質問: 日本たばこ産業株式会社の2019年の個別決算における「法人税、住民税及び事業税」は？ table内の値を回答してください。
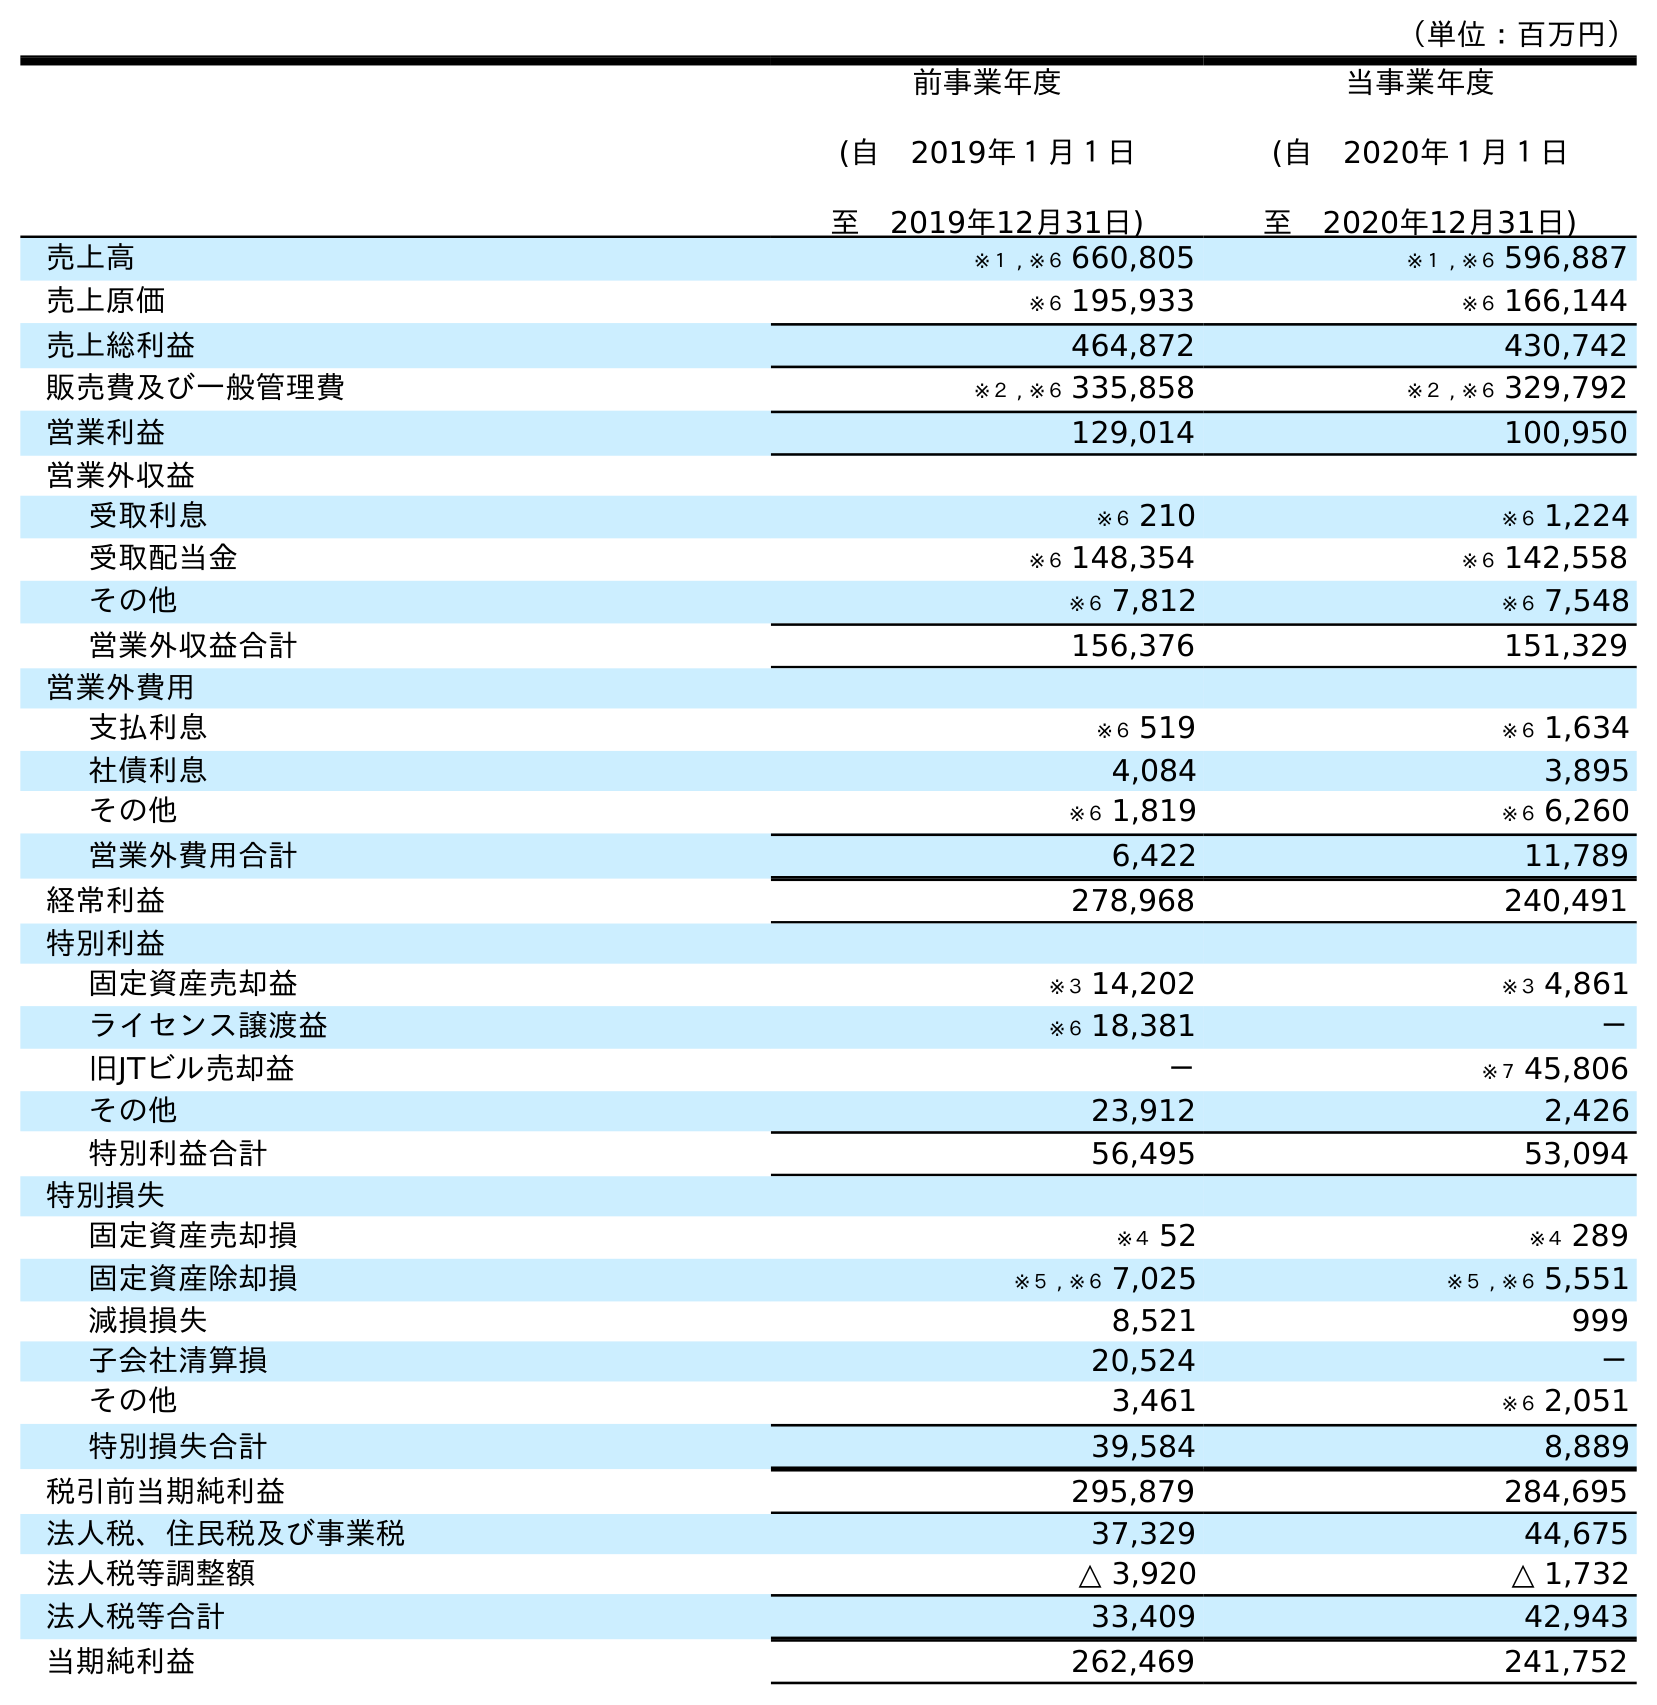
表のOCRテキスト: （単位：百万円） 前事業年度 (自 2019年１月１日 至 2019年12月31日) 当事業年度 (自 2020年１月１日 至 2020年12月31日) 売上高 ※１ , ※６ 660,805 ※１ , ※６ 596,887 売上原価 ※６ 195,933 ※６ 166,144 売上総利益 464,872 430,742 販売費及び一般管理費 ※２ , ※６ 335,858 ※２ , ※６ 329,792 営業利益 129,014 100,950 営業外収益 受取利息 ※６ 210 ※６ 1,224 受取配当金 ※６ 148,354 ※６ 142,558 その他 ※６ 7,812 ※６ 7,548 営業外収益合計 156,376 151,329 営業外費用 支払利息 ※６ 519 ※６ 1,634 社債利息 4,084 3,895 その他 ※６ 1,819 ※６ 6,260 営業外費用合計 6,422 11,789 経常利益 278,968 240,491 特別利益 固定資産売却益 ※３ 14,202 ※３ 4,861 ライセンス譲渡益 ※６ 18,381 － 旧JTビル売却益 － ※７ 45,806 その他 23,912 2,426 特別利益合計 56,495 53,094 特別損失 固定資産売却損 ※４ 52 ※４ 289 固定資産除却損 ※５ , ※６ 7,025 ※５ , ※６ 5,551 減損損失 8,521 999 子会社清算損 20,524 － その他 3,461 ※６ 2,051 特別損失合計 39,584 8,889 税引前当期純利益 295,879 284,695 法人税、住民税及び事業税 37,329 44,675 法人税等調整額 △ 3,920 △ 1,732 法人税等合計 33,409 42,943 当期純利益 262,469 241,752
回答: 37,329